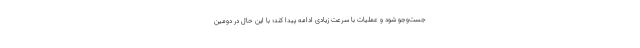
جست‌وجو شود و عملیات با سرعت زیادی ادامه پیدا کند؛ با این حال در دومین